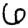
Digit: 6